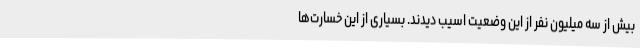
بیش از سه میلیون نفر از این وضعیت اسیب دیدند. بسیاری از این خسارت‌ها